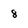
Character: 8